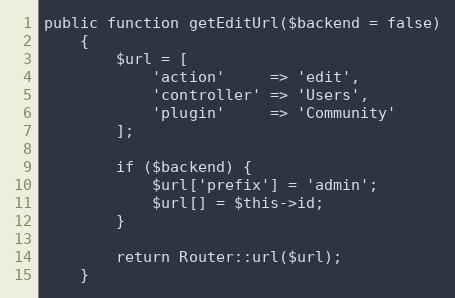
Language: PHP
public function getEditUrl($backend = false)
    {
        $url = [
            'action'     => 'edit',
            'controller' => 'Users',
            'plugin'     => 'Community'
        ];

        if ($backend) {
            $url['prefix'] = 'admin';
            $url[] = $this->id;
        }

        return Router::url($url);
    }